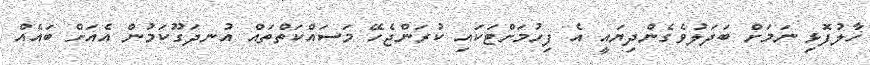
ހާލުފޮޅި ނަމަށް ބަދަލުވެގެންދިޔައީ އެ ފިހުމަށްޓަކައި ކުރަންޖެހޭ މަސައްކަތްތައް އުނދަގޫކަމުން އެއަށް ބައެއް